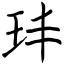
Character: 玤